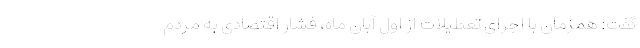
گفت: همزمان با اجرای تعطیلات از اول آبان ماه، فشار اقتصادی به مردم